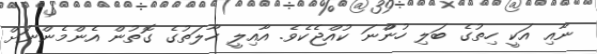
ނާއި އަކީ ހިތުގެ ބަލި ހުންްނަ ކުއްޖެކެވެ. އާއިލީ ހާލަތުގެ ގޮތުން އެންމެންނަށް